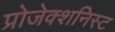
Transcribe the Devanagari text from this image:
प्रोजेक्शनिस्ट